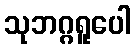
သုဘဂ္ဂရူပေါ